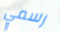
رسمي